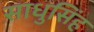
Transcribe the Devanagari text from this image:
साधुसिंह